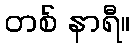
တစ် နာရီ။